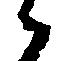
候